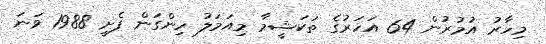
މިހާރު އުމުރުން 64 އަހަރުގެ ތަކަޝީމާ މިއަމަލު ހިންގަން ފެށީ 1988 ވަނަ